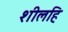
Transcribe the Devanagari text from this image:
शीलहि